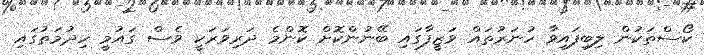
ކޯސްތަކުން ލިބިފައިވާ ހުނަރުތައް ވަޒީފާގައި ބޭނުންކޮށް ކޮންމެ ދަރިވަރަކީ ވެސް ގައުމީ ހިދުމަތުގައި